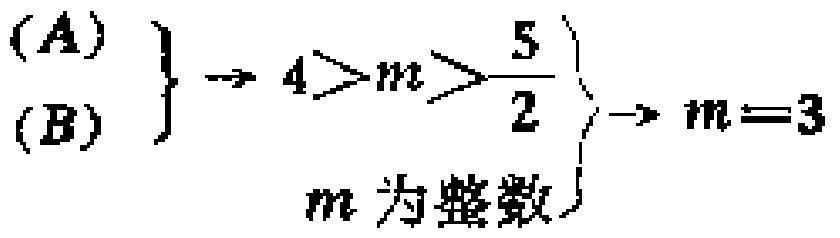
\[(A) \} \to 4>m>\frac{5}{2} \} \to m = 3\]
\[ (B) \} \quad m\text{ 为整数}\]